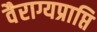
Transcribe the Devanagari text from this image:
वैराग्यप्राप्ति